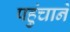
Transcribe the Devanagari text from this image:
पहुुंचाने